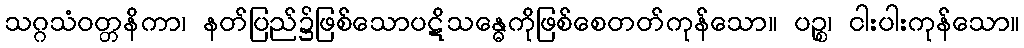
သဂ္ဂသံဝတ္တနိကာ၊ နတ်ပြည်၌ဖြစ်သောပဋိသန္ဓေကိုဖြစ်စေတတ်ကုန်သော။ ပဉ္စ၊ ငါးပါးကုန်သော။